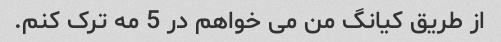
از طریق کیانگ من می خواهم در 5 مه ترک کنم.